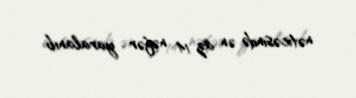
nəticəsində ən az 14 nəfər yaralanıb.